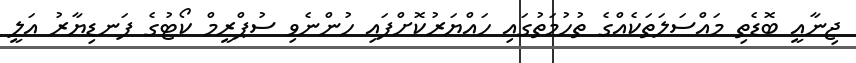
ޖިނާއީ ބޮޑެތި މައްސަލަތަކެއްގެ ތުހުމަތުގައި ހައްޔަރުކޮށްފައި ހުންނެވި ސުޕްރީމް ކޯޓުގެ ފަނޑިޔާރު އަލީ